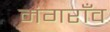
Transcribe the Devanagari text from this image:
मंगराँव